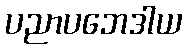
ပညာပဘေဒါယ